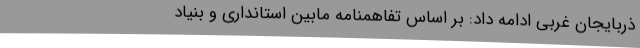
ذربایجان غربی ادامه داد: بر اساس تفاهمنامه مابین استانداری و بنیاد